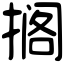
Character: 搁